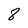
Character: 8